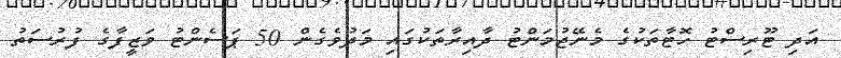
އަދި ޓޫރިސްޓު ހޮޓާތަކުގެ މެނޭޖުމަންޓު ދާއިރާތަކުގައި މަދުވެގެން 50 ޕަސެންޓު ވަޒީފާގެ ފުރުސަތު